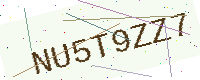
Text: NU5T9ZZ7